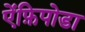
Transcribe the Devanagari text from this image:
ऐंफ़िपोडा